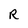
Character: R